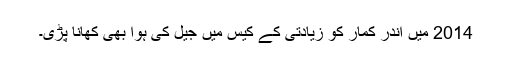
2014 میں اندر کمار کو زیادتی کے کیس میں جیل کی ہوا بھی کھانا پڑی۔